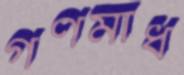
গণমাধ